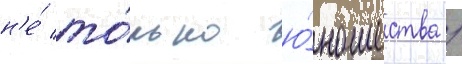
н'е́ то́лько ю́ношества /